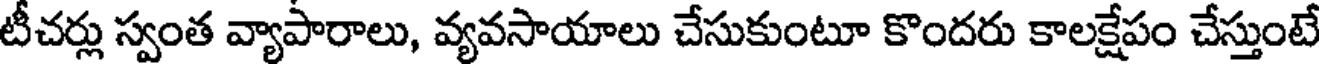
టీచర్లు స్వంత వ్యాపారాలు, వ్యవసాయాలు చేసుకుంటూ కొందరు కాలక్షేపం చేస్తుంటే